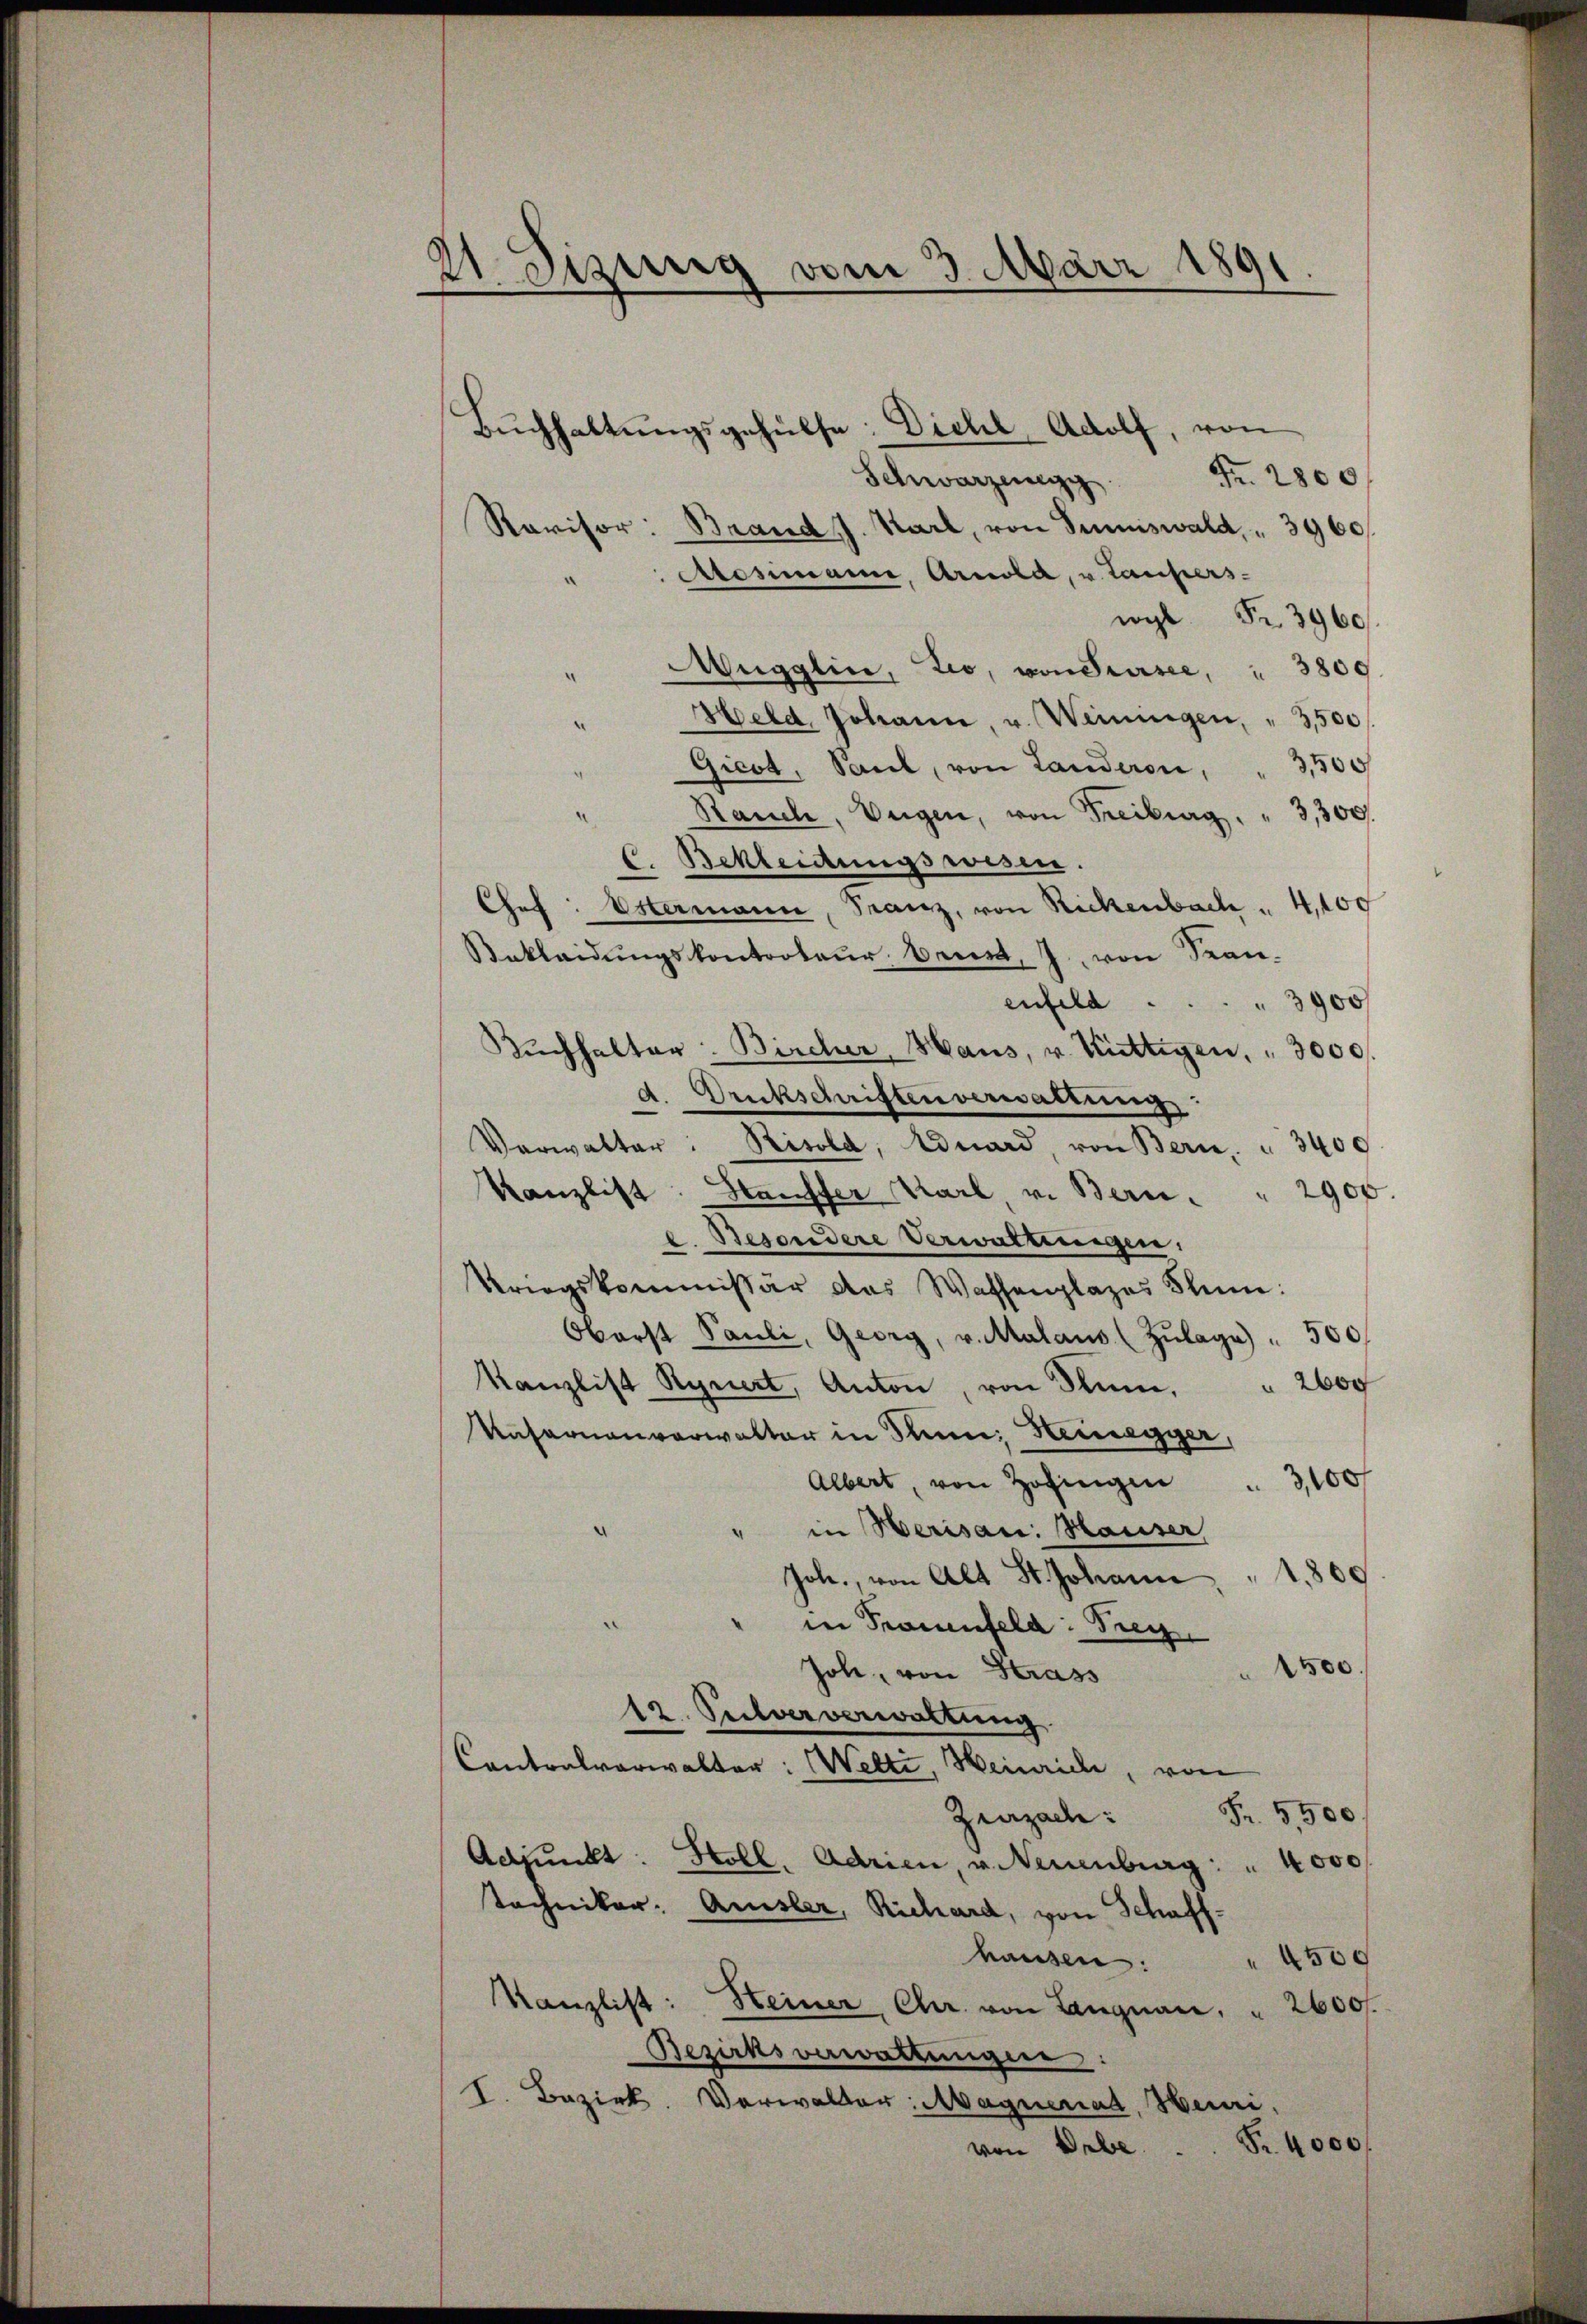
21 Dizung vom 3. März 1891

Bŭchhaltŭngsgehülfe. Diehl, Adolf, von
Schwarzenegg Fr. 2800
Ravisor:
Brand J. Karl, von Summiswald, 3960
Atommann, Arnola, u. Laupers
wil Fr. 3960
Mugglin, Leo, von Sursee, " 3800
Held, Johann, u. Weiningen, " 3500 f
Gicot, Saul, von Landeren, 3,500
Rauch, Vugen, von Freiburg, " 3,300.
C. Bekleidungswesen.
Chef Estermann, Franz, von Rickenbach " 4,100
Bekleidŭngskontorteur, bene, J. von Seen.
enfeld.   .            "   3900
Rŭchhalter: Bircher, Haus, u. Rüttigen, " 3000
d. Druckschriften verwaltung
Verwalter: Risold, Eduard, von Bern, " 3400
Kanzlist: Stauffer Karl, v. Bern . " 2900.
e. Besondere Verwaltungen.
Kriegskommissär das Wassenplazes Stum:
Oberst Pauli, Georg, v. Malaus (Zŭlage) " 500
 2600
Kanzlist Rynert, Anton, von Rum,
Kasernenverwalter in Sinn, Heinegger,
Albert, von Zofingen
3,100
in Herisau: Hauser
Joh. von Alt St. Johann  1,800
in Frauenfeld: Frey
1500
Joh, von Strass
12. Selververwaltung
Contralverwalter: Welti, Heinrich, von
Fr. 3,500
Zuzade:
Adjunkt: Stoll, Adrien, u. Neuenburg: " 4000
techniker. Amsler, Richard, von Schaff
hausen:
g
Kanzlist: Heiner Chr. von Langnau, " 2600.
Bezirksverwaltungen:
I. Bezirk. Verwalter: Magnerat, Heuri,
von Debe. S. 4000.